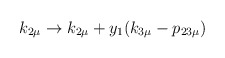
\begin{align*}k_{2 \mu} \rightarrow k_{2 \mu} + y_1 (k_{3\mu} - p_{23\mu} )\end{align*}